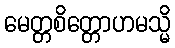
မေတ္တစိတ္တောဟမသ္မိ